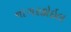
નાગરકોઇલ